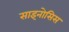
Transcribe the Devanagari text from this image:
साइनोसिस